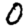
Digit: 0